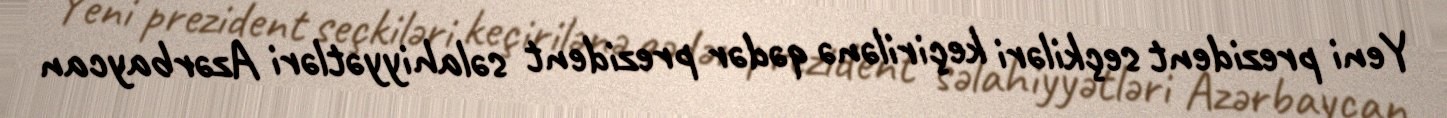
Yeni prezident seçkiləri keçirilənə qədər prezident səlahiyyətləri Azərbaycan